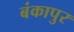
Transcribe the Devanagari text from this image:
बंकापुर